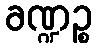
ခဏ္ဍဉ္စ